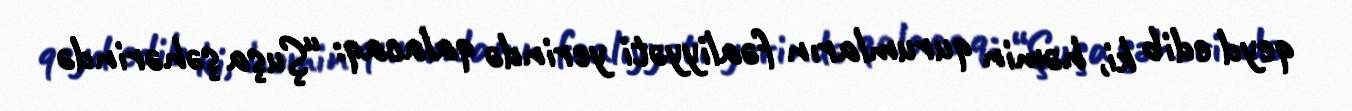
qeyd edib ki, həmin qurumların fəaliyyəti yerində qalacaq: “Şuşa şəhərində